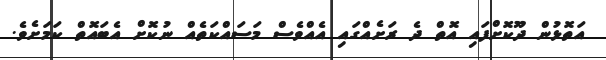
އަތޮޅުން ދޫކޮށްފައި އޮތް ދެ ރަށެއްގައި އެއްވެސް މަސައްކަތެއް ނުކޮށް އެބައޮތް ކަމަށެވެ.